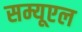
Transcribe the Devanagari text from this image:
सम्यूएल